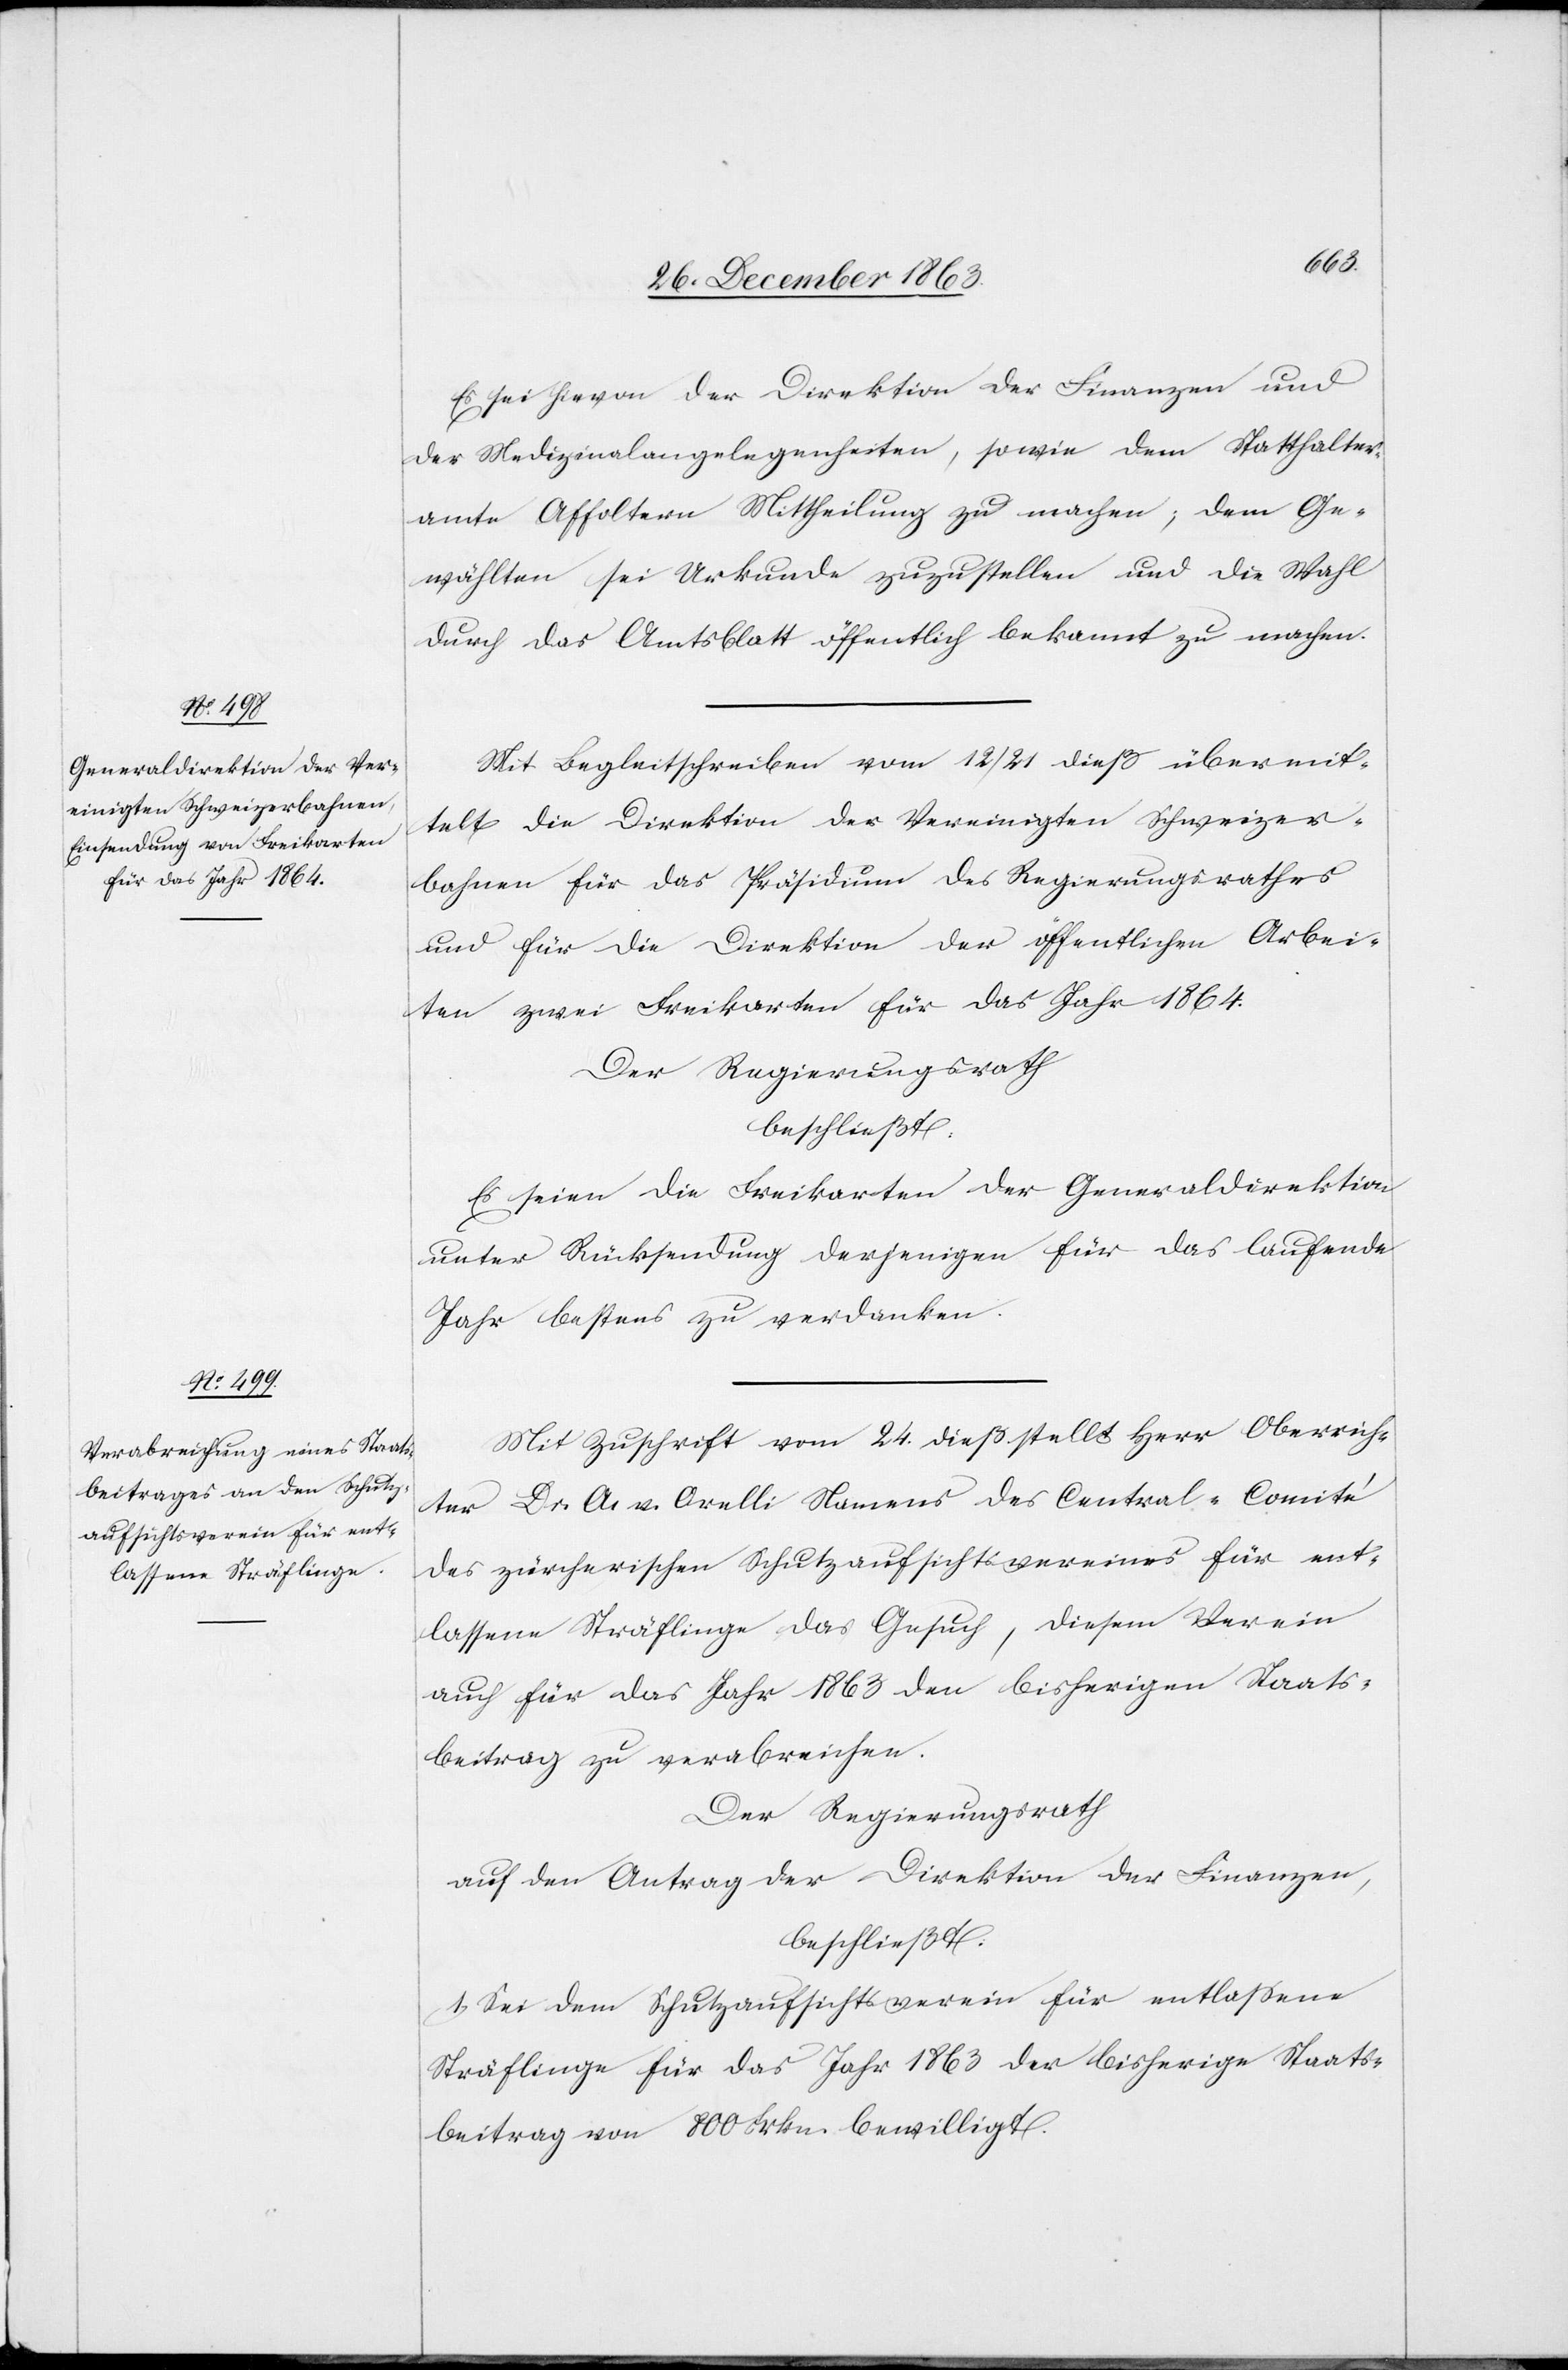
Es sei hievon der Direktion der Finanzen und
der Medizinalangelegenheiten, sowie dem Statthalter¬
amte Affoltern Mittheilung zu machen; dem Ge¬
wählten sei Urkunde zuzustellen und die Wahl
durch das Amtsblatt öffentlich bekannt zu machen.
Mit Begleitschreiben vom 12/21 dieß übermit¬
telt die Direktion der Vereinigten Schweizer¬
bahnen für das Präsidium des Regierungsrathes
und für die Direktion der öffentlichen Arbei¬
ten zwei Freikarten für das Jahr 1864.
Der Regierungsrath
beschließt:
Es seien die Freikarten der Generaldirektion
unter Rücksendung derjenigen für das laufende
Jahr bestens zu verdanken.
Mit Zuschrift vom 24. dieß stellt Herr Oberrich¬
ter Dr. A. v. Orelli Namens des Central-Comité
des zürcherischen Schutzaufsichtsvereines für ent¬
lassene Sträflinge das Gesuch, diesem Verein
auch für das Jahr 1863 den bisherigen Staats¬
beitrag zu verabreichen.
Der Regierungsrath
auf den Antrag der Direktion der Finanzen,
beschließt:
1. Sei dem Schutzaufsichtsverein für entlassene
Sträflinge für das Jahr 1863 der bisherige Staats¬
beitrag von 800 Frkn. bewilligt.